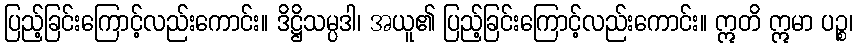
ပြည့်ခြင်းကြောင့်လည်းကောင်း။ ဒိဋ္ဌိသမ္ပဒါ၊ အယူ၏ ပြည့်ခြင်းကြောင့်လည်းကောင်း။ ဣတိ ဣမာ ပဉ္စ၊